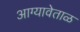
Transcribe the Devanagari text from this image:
आग्यावेताळ